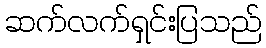
ဆက်လက်ရှင်းပြသည်